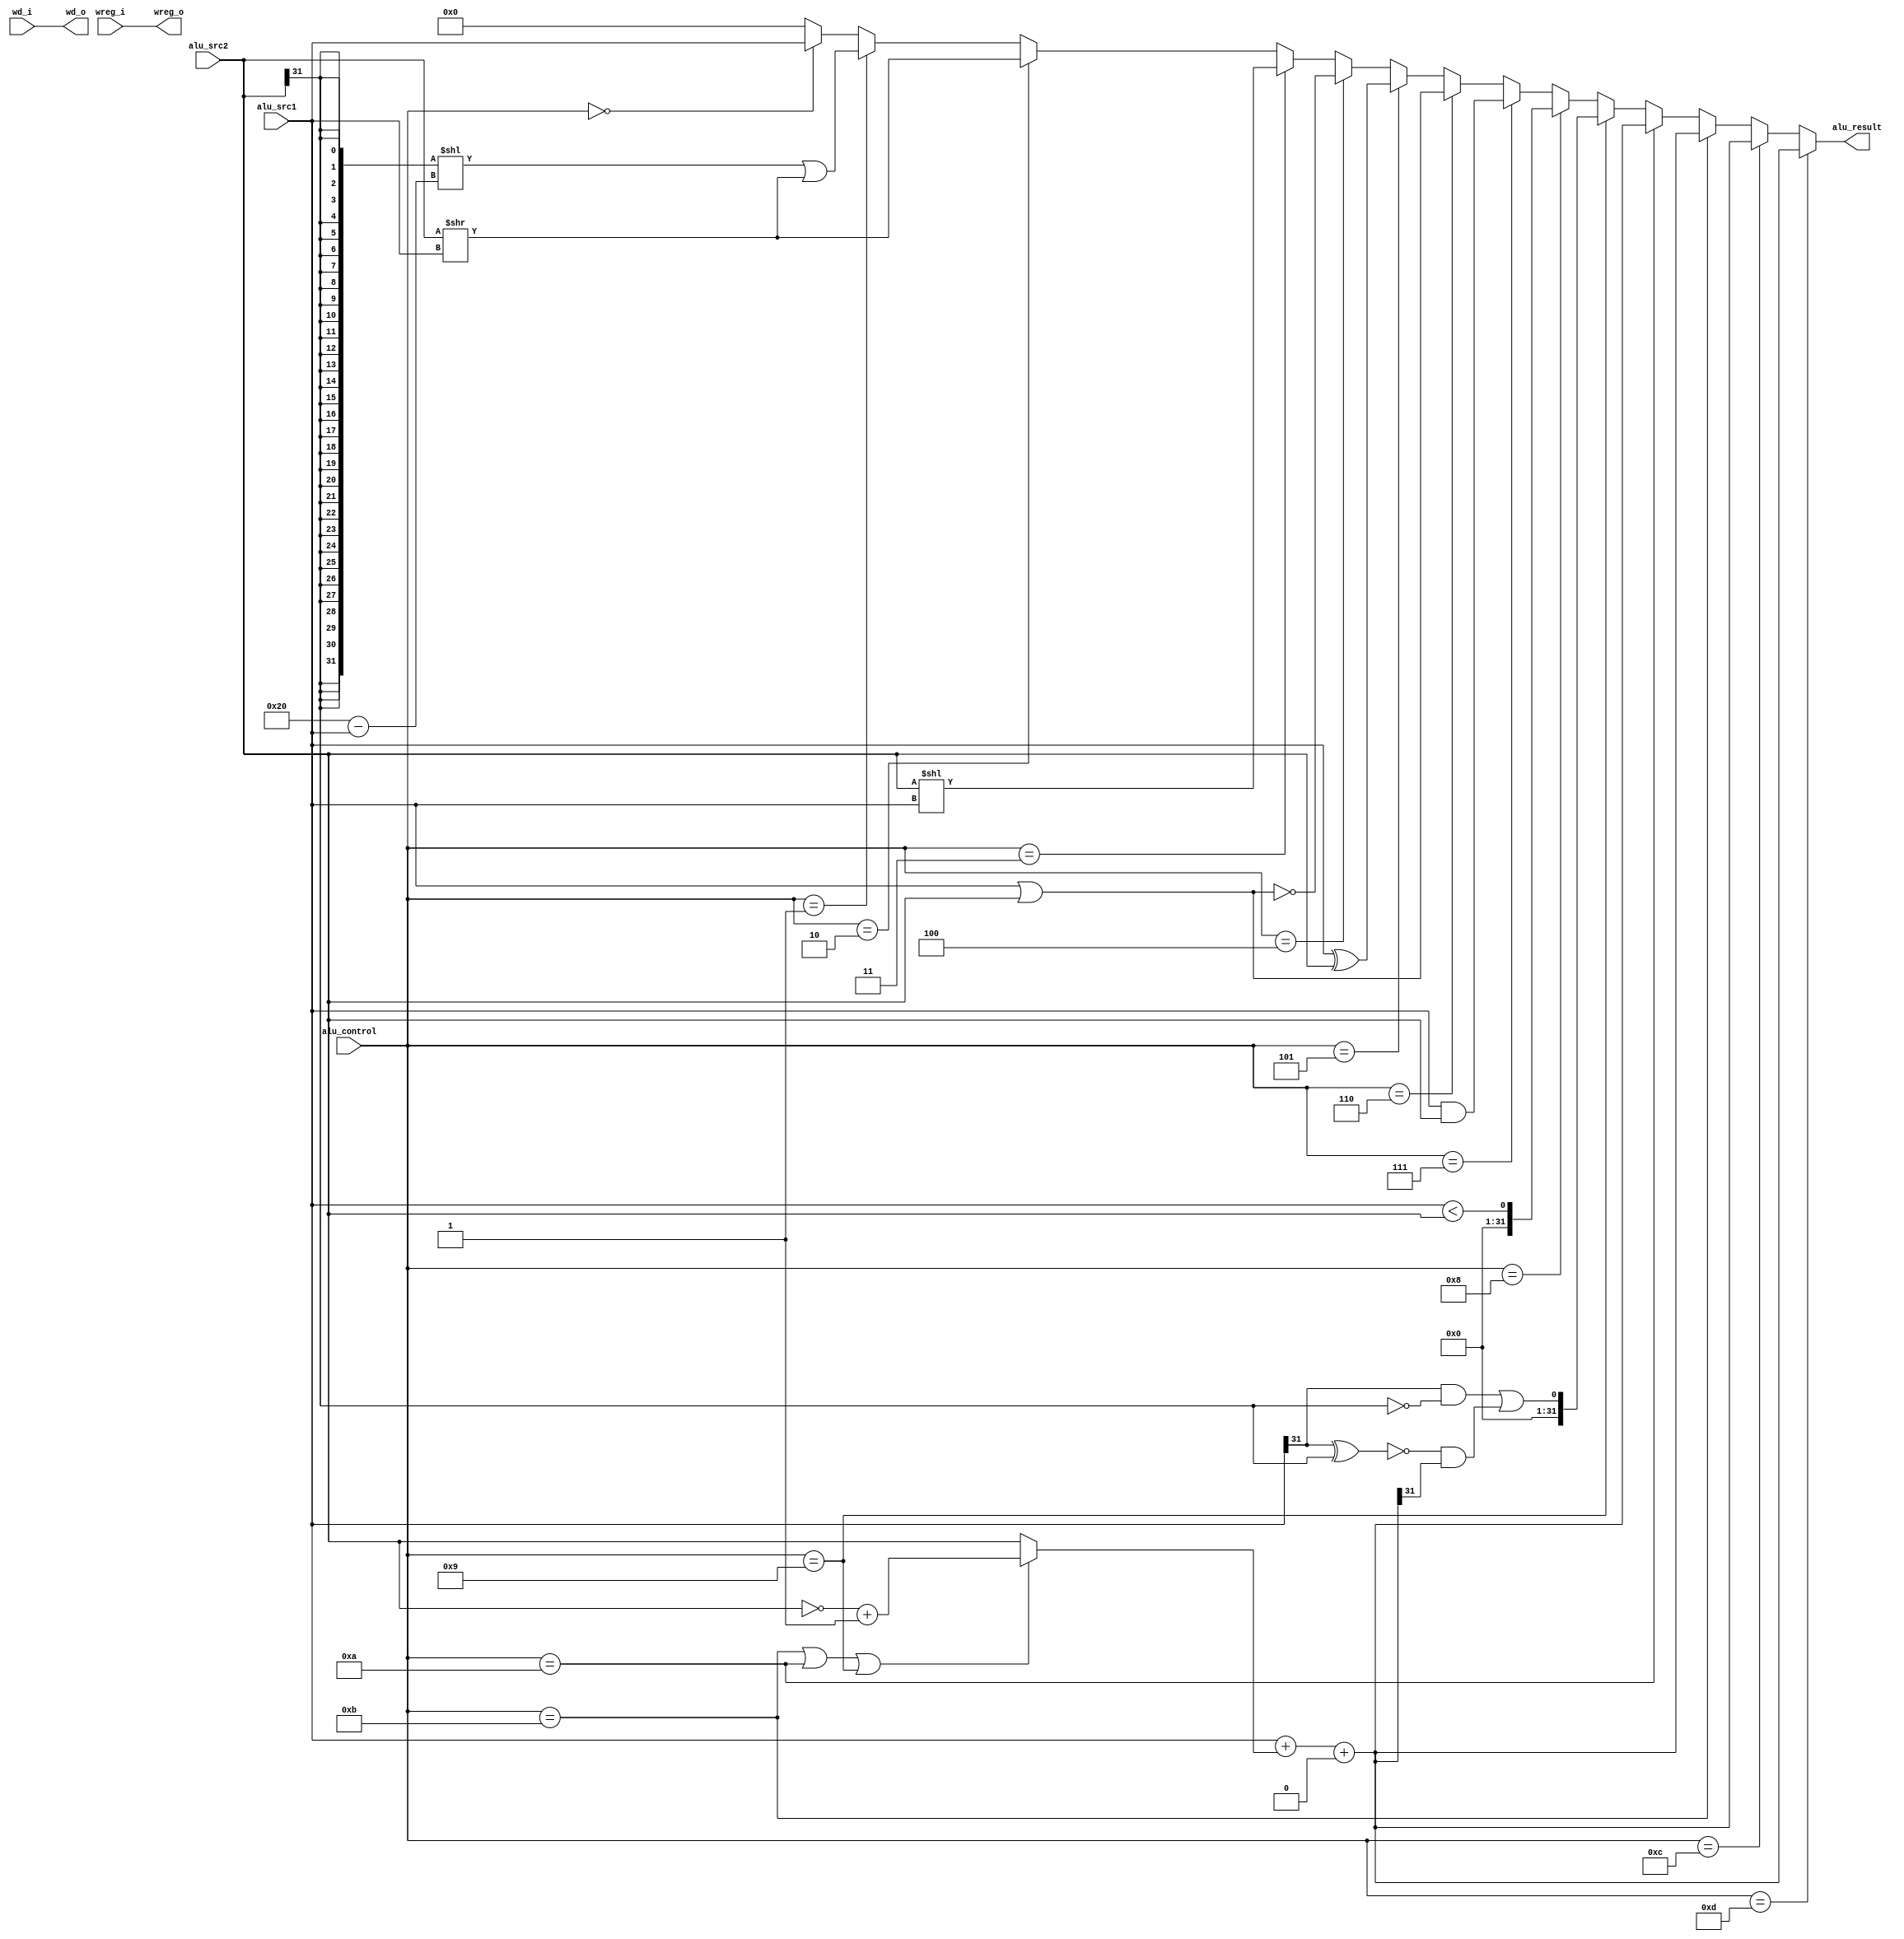
`timescale 1ns / 1ps
//////////////////////////////////////////////////////////////////////////////////
// Company: 
// Engineer: 
// 
// Design Name: 
// Module Name: alu
// Project Name: 
// Target Devices: 
// Tool Versions: 
// Description: 
// 
// Dependencies: 
// 
// Revision:
// Revision 0.01 - File Created
// Additional Comments:
// 
//////////////////////////////////////////////////////////////////////////////////


module alu(
    input wire[3:0] alu_control,
    input wire[31:0] alu_src1,
    input wire[31:0] alu_src2,
    input wire[4:0] wd_i,
    input wire wreg_i,
    output wire[31:0] alu_result,
    output wire[4:0] wd_o,
    output wire wreg_o
    );
    assign wd_o=wd_i;
    assign wreg_o=wreg_i;
    wire[31:0] add_sub_result;
    wire[31:0] slt_result;
    wire[31:0] sltu_result;
    wire[31:0] and_result;
    wire[31:0] or_result;
    wire[31:0] xor_result;
    wire[31:0] nor_result;
    wire[31:0] sll_result;
    wire[31:0] srl_result;
    wire[31:0] sra_result;
    wire[31:0] lui_result;
    assign sltu_result[31:1]=31'b0;
    assign sltu_result[0]=(alu_src1<alu_src2);
    
    assign and_result=alu_src1&alu_src2;
    assign or_result=alu_src1|alu_src2;
    assign xor_result=alu_src1^alu_src2;
    assign nor_result=~(alu_src1|alu_src2);
    assign sll_result=alu_src2<<alu_src1;
    assign srl_result=alu_src2>>alu_src1;
    assign lui_result=alu_src1;
    assign sra_result=({32{alu_src2[31]}}<<(32'd32-alu_src1))
                        |(alu_src2>>alu_src1);
    wire[31:0] adder_result;
    wire adder_cout;
    wire adder_cin;
    wire[31:0] adder_a;
    wire[31:0] adder_b;
    assign adder_a=alu_src1;
    assign adder_b=(alu_control==11)||
                    (alu_control==10)||
                    (alu_control==9)?
                    ~alu_src2+1:alu_src2;
    assign adder_cin=0;
    assign {adder_cout,adder_result}
    =adder_a+adder_b+adder_cin;
    
    assign add_sub_result=adder_result;
    assign slt_result[31:1]=31'b0;
    assign slt_result[0]=(alu_src1[31]&&~alu_src2[31])
                        ||(~(alu_src1[31]^alu_src2[31])
                            &&adder_result[31]);
    assign alu_result=(alu_control==13)?add_sub_result:
                        (alu_control==12)?add_sub_result:
                        (alu_control==11)?add_sub_result:
                        (alu_control==10)?add_sub_result:
                        (alu_control==9)?slt_result:
                        (alu_control==8)?sltu_result:
                        (alu_control==7)?and_result:
                        (alu_control==6)?or_result:
                        (alu_control==5)?xor_result:
                        (alu_control==4)?nor_result:
                        (alu_control==3)?sll_result:
                        (alu_control==2)?srl_result:
                        (alu_control==1)?sra_result:
                        (alu_control==0)?lui_result:
                        32'd0;
    
endmodule